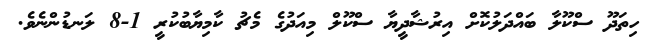
ހިތަދޫ ސްކޫލާ ބައްދަލުކޮށް އިރުޝާދީޔާ ސްކޫލް މިއަދުގެ މެޗު ކާމިޔާބުކުރީ 1-8 ލަނޑުންނެވެ.